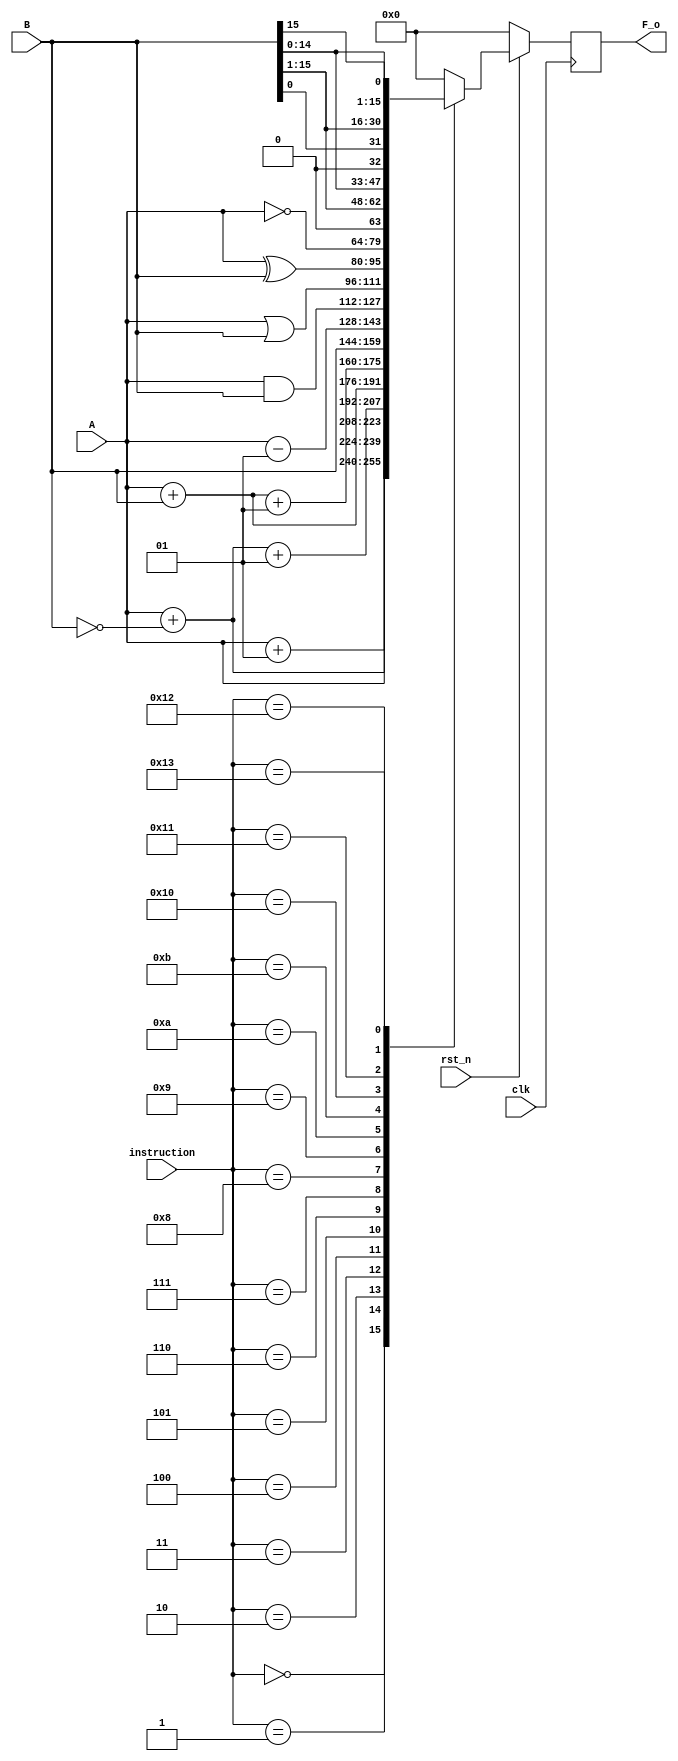
module lab3_fu
#(
  parameter DATA_WIDTH = 16,
  parameter INS_WIDTH = 5
)
(
  input clk,
  input rst_n,
  input signed [DATA_WIDTH-1:0] A,
  input signed [DATA_WIDTH-1:0] B,
  input [INS_WIDTH-1:0] instruction,
  output reg signed [DATA_WIDTH-1:0] F_o
);

reg signed [DATA_WIDTH-1:0] F;

always@(*) begin // instruction table
  case(instruction)
    5'b00000 : begin F = A;                 end
    5'b00001 : begin F = A+1;               end
    5'b00010 : begin F = A+(~B);            end
    5'b00011 : begin F = A+(~B)+1;          end
    5'b00100 : begin F = A+B;               end
    5'b00101 : begin F = A+B+1;             end
    5'b00110 : begin F = B;                 end
    5'b00111 : begin F = A-1;               end
    5'b01000 : begin F = A&B;               end
    5'b01001 : begin F = A|B;               end
    5'b01010 : begin F = A^B;               end
    5'b01011 : begin F = ~A;                end
    5'b10000 : begin F = B>>1;              end
    5'b10001 : begin F = B<<1;              end
    5'b10010 : begin F = {B[0], B[15:1]};   end
    5'b10011 : begin F = {B[14:0], B[15]};  end
    default  : begin F = 0;                 end
  endcase
end

always@(posedge clk) begin
  if(~rst_n) begin
    F_o <= 0;
  end
  else begin
    F_o <= F;
  end
end

endmodule